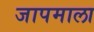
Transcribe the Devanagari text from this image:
जापमाला